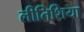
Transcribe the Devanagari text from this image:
लीतिशिया